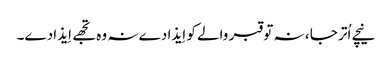
نیچے اُتر جا ، نہ تو قبر والے کو اِیذا دے نہ وہ تجھے اِیذا دے۔